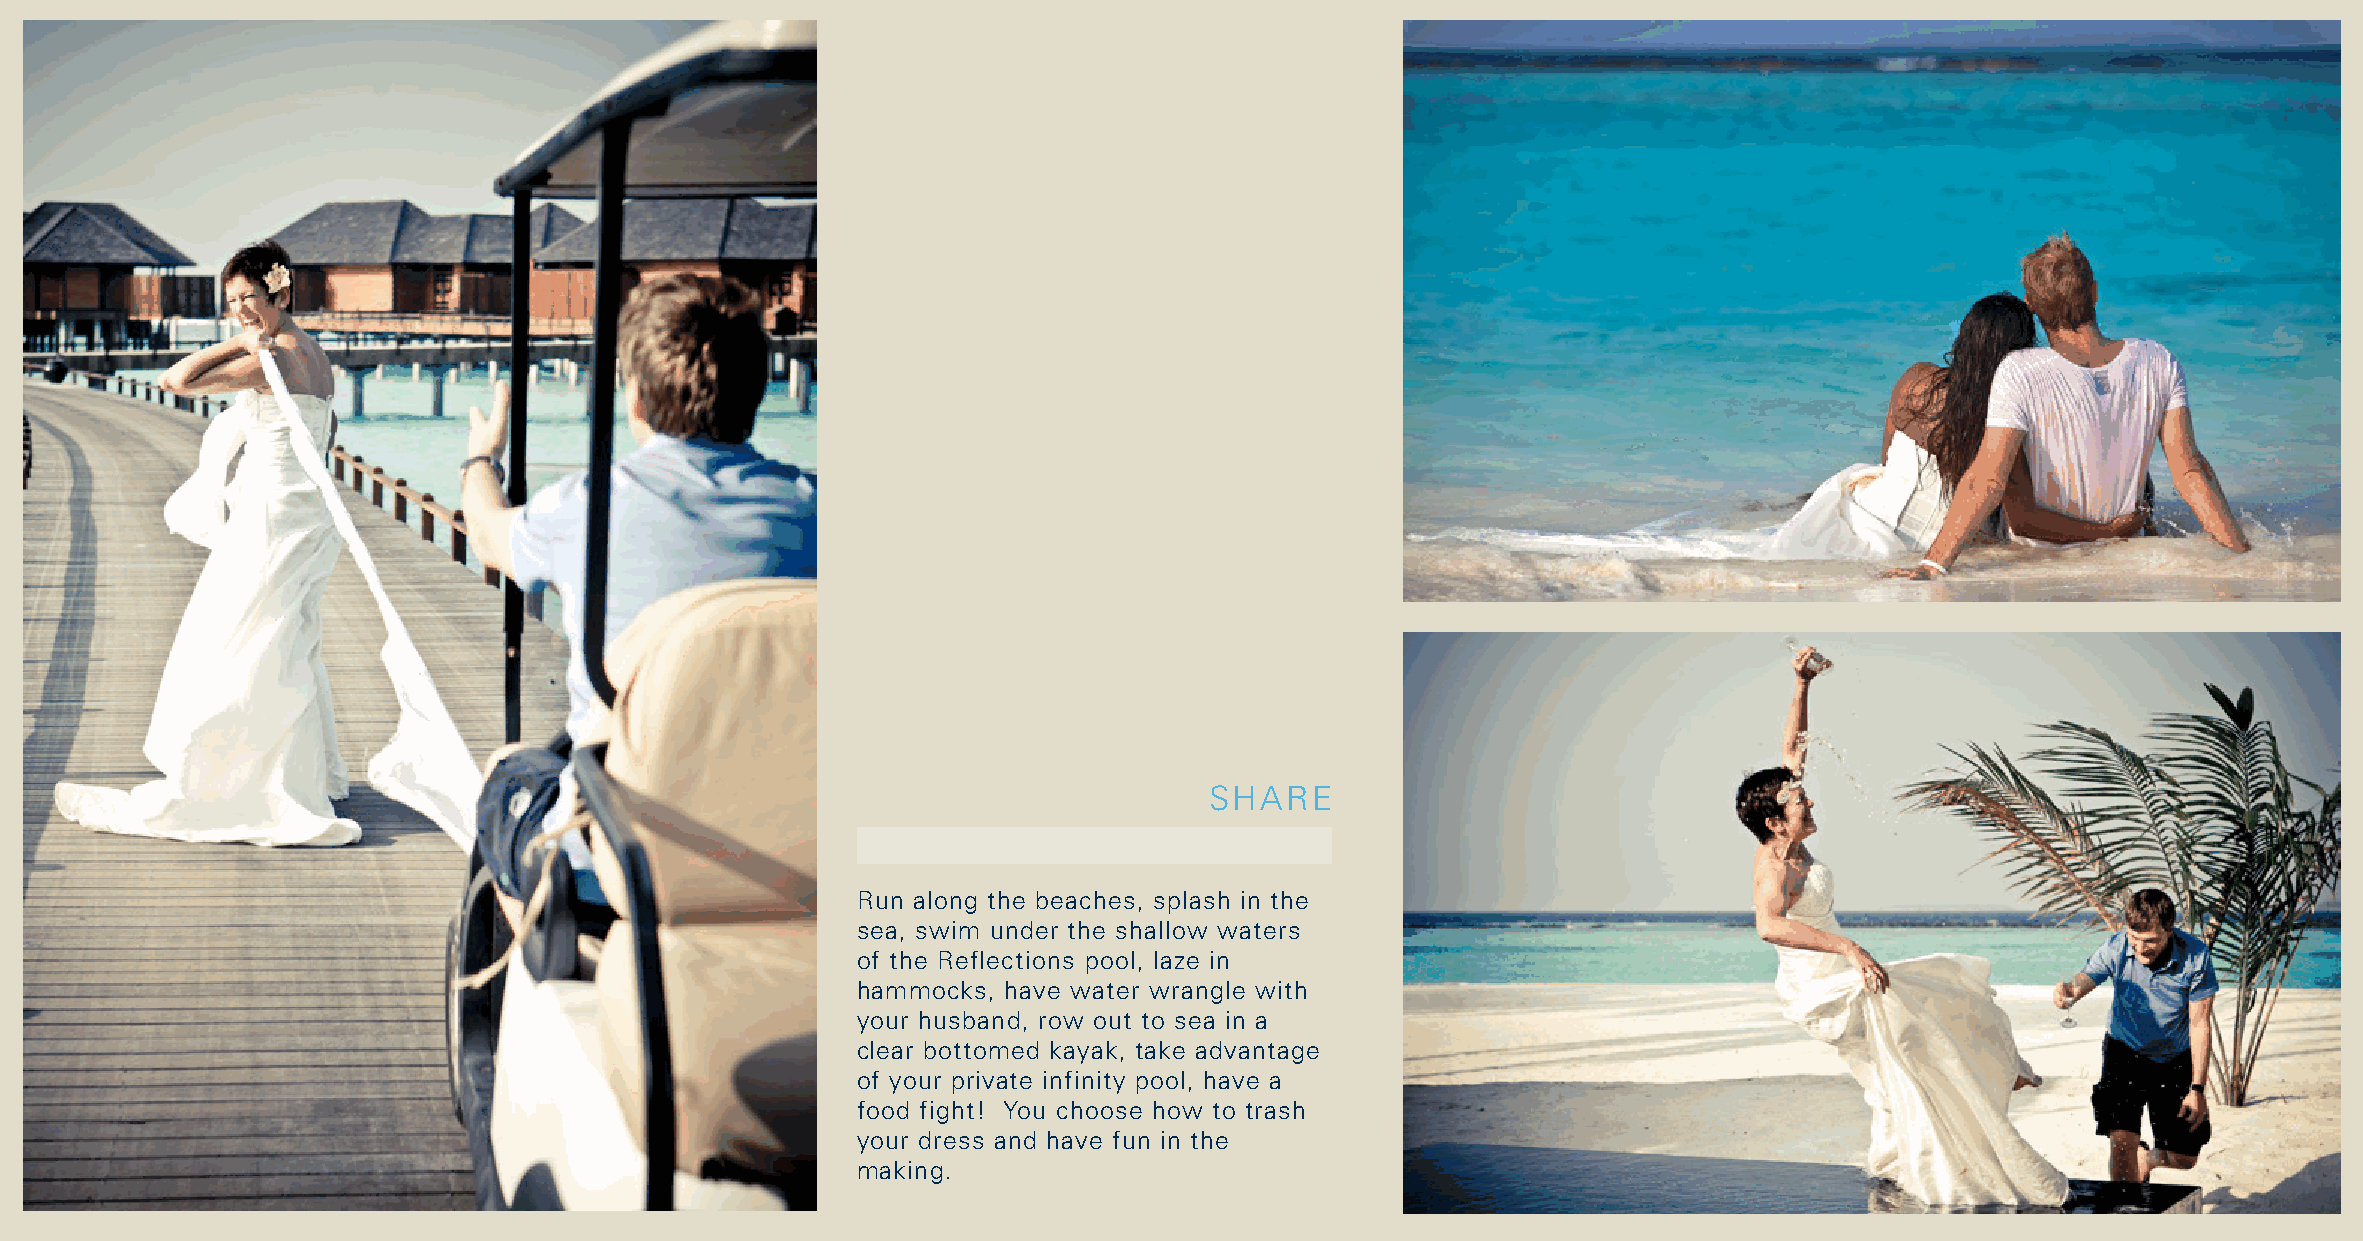
SHARE
 Run along the beaches, splash in the
 sea, swim under the shallow waters
 of the Reflections pool, laze in
 hammocks, have water wrangle with
 your husband, row out to sea in a
 clear bottomed kayak, take advantage
 of your private infinity pool, have a
 food fight! You choose how to trash
 your dress and have fun in the
 making.